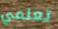
تعلمي